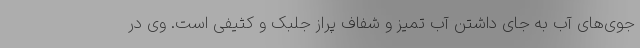
جوی‌های آب به جای داشتن آب تمیز و شفاف پراز جلبک و کثیفی است. وی در